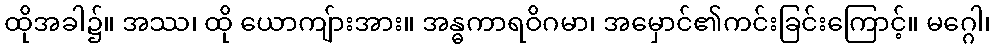
ထိုအခါ၌။ အဿ၊ ထို ယောကျ်ားအား။ အန္ဓကာရဝိဂမာ၊ အမှောင်၏ကင်းခြင်းကြောင့်။ မဂ္ဂေါ၊